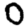
Digit: 0